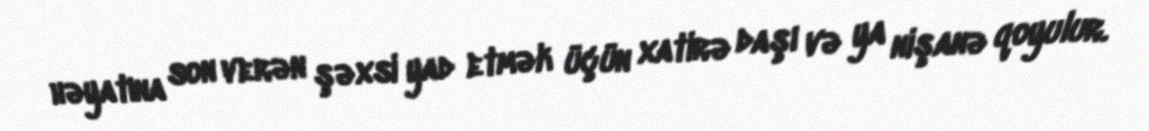
həyatına son verən şəxsi yad etmək üçün xatirə daşı və ya nişanə qoyulur.